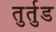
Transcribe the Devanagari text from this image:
तुर्तुड